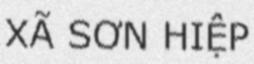
XÃ SƠN HIỆP